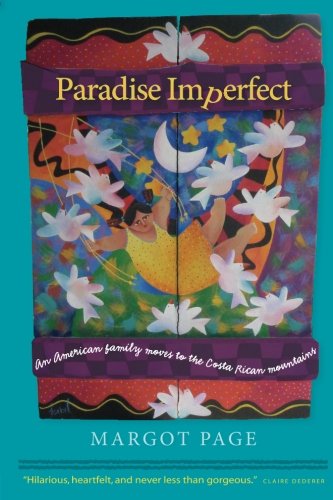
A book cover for Paradise Imperfect: An American Family Moves to the Costa Rican Mountains; Margot Page; Travel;